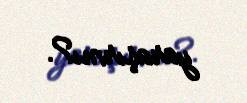
yaraşırmı?.